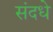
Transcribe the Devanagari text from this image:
संदधे